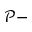
\mathcal { P } -